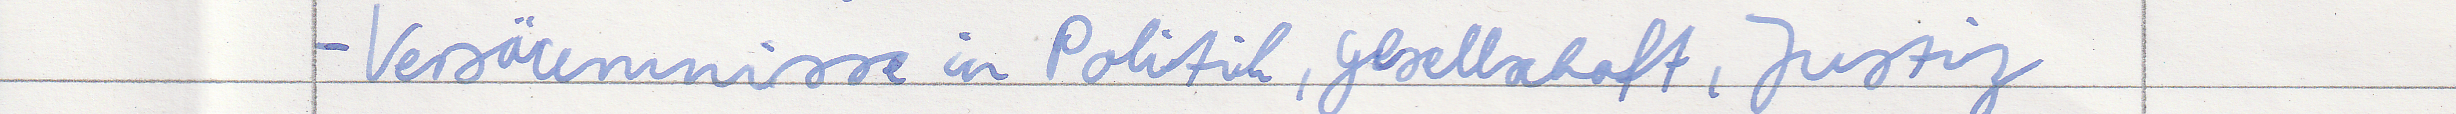
- Versäumnisse in Politk, Gesellschaft, Justiz